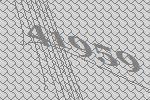
41959